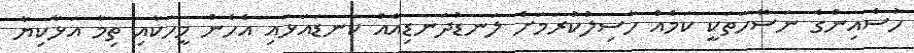
ހުސެއިންގެ ނަސޭހަތަކީ ކަމެއް ހާސިލުކުރަމަށް ލަނޑުދަނޑިއެއް ކަނޑައަޅައި އެހެން މީހަކާއި ތިމާ އަޅާކިޔާ